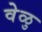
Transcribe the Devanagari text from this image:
वेळु